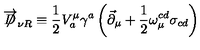
\overrightarrow { \not \! \! D } _ { \nu R } \equiv \frac { 1 } { 2 } V _ { a } ^ { \mu } \gamma ^ { a } \left( \vec { \partial } _ { \mu } + \frac { 1 } { 2 } \omega _ { \mu } ^ { c d } \sigma _ { c d } \right)